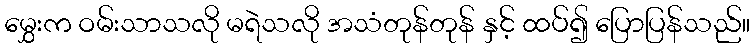
မွှေးက ဝမ်းသာသလို မရဲသလို အသံတုန်တုန် နှင့် ထပ်၍ ပြောပြန်သည်။